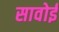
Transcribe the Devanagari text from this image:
सावोई